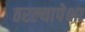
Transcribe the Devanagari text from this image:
ठरल्यापेक्षा